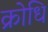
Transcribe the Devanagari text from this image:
क्रोधि